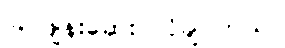
ခြင်ဖျန်းဆေး လိုချင်တယ်။